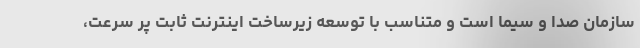
سازمان صدا و سیما است و متناسب با توسعه زیرساخت اینترنت ثابت پر سرعت،